Memorandum on the prevention of leprosy by segregation of the affected
Disease focus: Leprosy
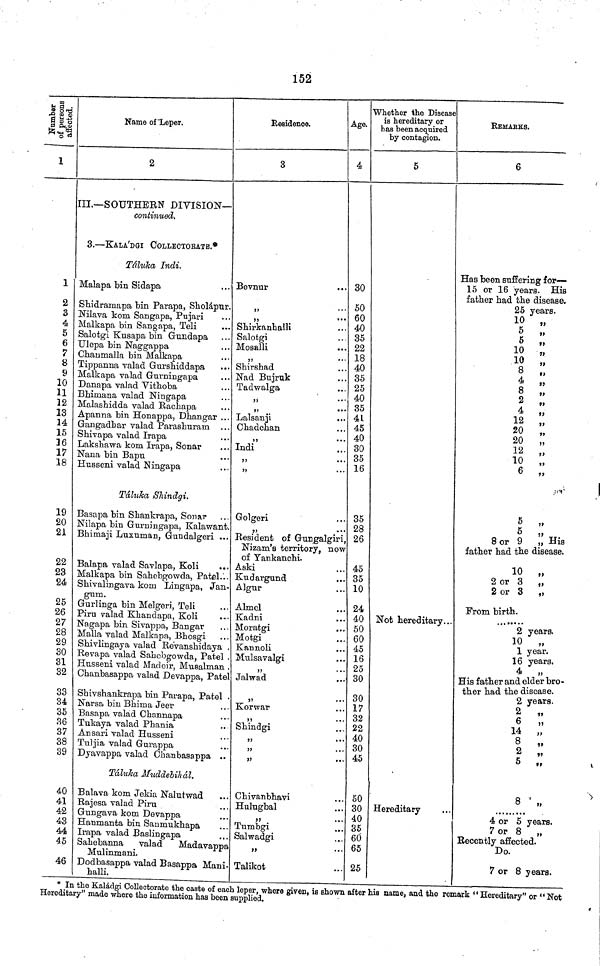
152
Number of persons affected.
i
1
2
3 I
4 T
5 g
6 1
7 (
8 r
9 ]
•JA
10
11
12
13 .
14
15
16
36
17
18
19
20
21
22
23
24
25
26
27
28
29
30
31
32
33
34
35
36
37
38
39
40
41
42
43
44
45
46
Name of Leper.
2
III.—SOUTHERN DIVISION—
continued.
3.—KALA'DGI COLLECTORATE.*
Táluka Indi.
Malapa bin Sidapa
shidramapa bin Parapa, Sholápur.
"iïlava torn Sangapa, Pujari
i'\ÍÍ 1 Ire»Tin Tvîn SnT\of\*nn
T^PII
•. *
3alotgi Kusapa bin Gundapa
Jlepa bin Naggappa
Jhaumaïla bin Malkapa
Cippanna valad Gurshiddapa ...
Danapa valad V itnoba
3Mmana valad isTingapa
Malalashidda valad Racnapa
A.panna bin Honappa, Dhangar ...
jangadLar valad Parasburam ...
bmvapa valad lrapa
Laksbawa kom lrapa, Sonar
Nana bin Bapu
Husseni vaîad Ningapa
Tàluha Shindgi.
Basapa bin Sbankrapa, Sonar
Nilapa bin Gurriingapa, Kalawant
Bhimaji Luxuman, Gundalgeri ..
Balapa valad Savlapa, Koli
..
Malkapa bin Sahebgowda, Patel.'.
Sbivalingava kom Lingapa, Jan
gum.
Gurlinga bin Melgeri, Teli
Piru valad Khandapa, Koli
Nagapa bin Sivappa, Bangar
Malla valad Malkapa, Bnosgi .
Shivlingaya valad Revanshidaya
Revapa valad Sahobgowda, Patel
Husseni valad Madeir, Musalman
Chanbasappa valad Devappa, Pat
Shivshankrapa bin Parapa, Patel
Narsa bin Bhima Jeer'
Basapa valad Cliannapa
Tukaya valad Pbania
Ansari
valad
Husseni
Ansari valad Husseni
Tuljia valad Gurappa
Dyavappa valad Chanbasappa
Tàluha Mnddebihal.
Balava kom Jekia Nalutwad
Rajesa valad Piru
Gungava kom Devappa
Hanmanta bin Sanmukhapa
lrapa valad Baslingapa
Sahebanna valad Madavap
Mulinmani.
Dodbasappa valad Basappa Mai
halli.
Residence.
3
Bevnur
,,
* "
"
,,
***
Shirkanhalli
Salotgi
Mosalli
Shirshad
Nad Buirnk
Tadwala
"
.
Lalsanji
Cbadcnan
Indi
,,
...
,,
. Golgeri
. Resident of Gungalgiri
Nizam's territory, now
of Yankanchi.
. Aski
. Kudargund
- Algur
. Almel
Kadni
. Moratgi
. Motgi
.
. Mulsavalgi
,,
el Jalwad
.
,, *
.. Korwar
..
,,
. Shindgi
..
,,
,, •
... Cbivanbnavi
... Hulugbal
... Tumbgi
... Salwadgi
pa
„
ii- Talikot
Wh(
ê
30
50
60
40
35
22
18
40
35
25
40
35
41
A V
45
40
30
oU
35
16
35
28
26
45
35
10
d A
24
40
50
60
45
16
25
30
.. 30
.. 17
.. 32
.. 22
.. 40
.. 30
.. 45
.. 50
.. 30
.. 40
.. 35
.. 60
.. 65
.. 25
ther the Disease
hereditary or
has been acquired
by contagion.
5
Not hereditary.
Hereditary
REMARKS.
6
Has been suffering for—
15 or 16 years. His
father had the disease.
25 years.
10 „
5 „
5 »
10 „
10 XV
„
Q 8
,,
4 „
8 ,,
2 „
4
12 „
OA £\)
„
20 „
VI 12
„
10
10 „
6 „
5 „
8 or 9 ,, His
father had the disease.
10 „
2 or 3 „
2 or 3 ,,
From birth.
2 years.
10 „
1 year.
16 years.
4
„
His father and elder bro-
ther had the disease.
2 years.
2 „
14 „
o
,,
2 „
5 .,
8 ,,
4 or 5 years.
7 or 8 „
Recently affected.
Do.
7 or 8 years.
* In the Kaládgi Collectorate the caste of each leper, where given, is Bhown after hia name, and the remark “ Hereditary" or " Not
Hereditary" made where the information has been supplied.